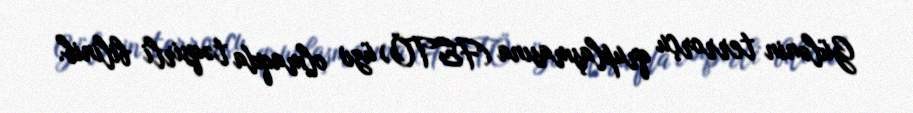
Gülənin terrorçu qruplaşmasına (FETÖ) üzv olmaqda təqsirli bilinib.